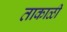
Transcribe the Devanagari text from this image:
ताकाळी